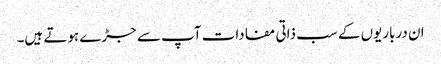
ان درباریوں کے سب ذاتی مفادات آپ سے جڑے ہوتے ہیں۔